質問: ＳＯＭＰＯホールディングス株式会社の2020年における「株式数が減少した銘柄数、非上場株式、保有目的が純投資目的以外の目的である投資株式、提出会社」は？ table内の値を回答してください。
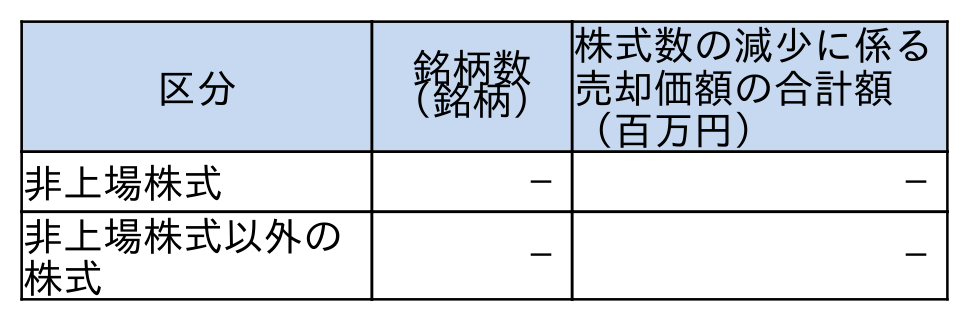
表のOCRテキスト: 区分 銘柄数 （銘柄） 株式数の減少に係る 売却価額の合計額 （百万円） 非上場株式 － － 非上場株式以外の 株式 － －
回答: －